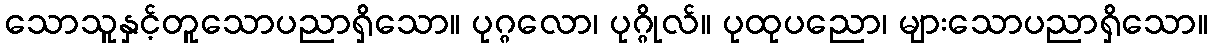
သောသူနှင့်တူသောပညာရှိသော။ ပုဂ္ဂလော၊ ပုဂ္ဂိုလ်။ ပုထုပညော၊ များသောပညာရှိသော။